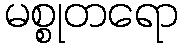
မစ္စုတရော